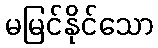
မမြင်နိုင်သော